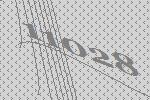
11028